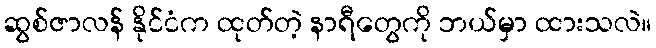
ဆွစ်ဇာလန် နိုင်ငံက ထုတ်တဲ့ နာရီတွေကို ဘယ်မှာ ထားသလဲ။